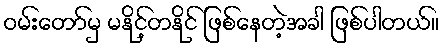
ဝမ်းတော်မှ မနိုင့်တနိုင် ဖြစ်နေတဲ့အခါ ဖြစ်ပါတယ်။